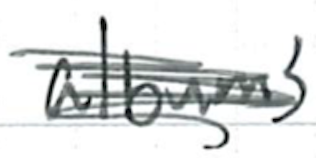
Text: albums
Cross-out: scratch
Writing tool: ballpoint